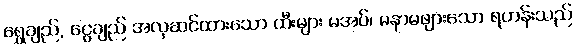
ရွှေချည်, ငွေချည် အလှဆင်ထားသော ထီးများ မအပ်၊ မနာမဖျားသော ရဟန်းသည်